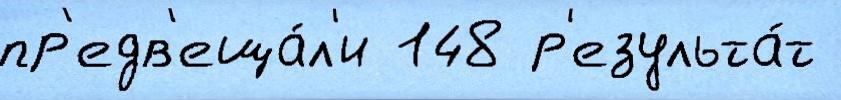
пр'едв'еща́л'и 148 р'езульта́т